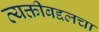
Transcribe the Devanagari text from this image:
व्यक्तीबद्दलचा